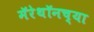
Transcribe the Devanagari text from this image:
मॅरेथॉनच्या